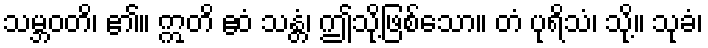
သမ္ဘဝတိ၊ ၏။ ဣတိ ဧဝံ သန္တံ၊ ဤသို့ဖြစ်သော။ တံ ပုရိသံ၊ သို့။ သုခံ၊